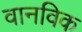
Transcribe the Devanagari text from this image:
वानविक